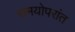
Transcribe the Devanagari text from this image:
समयोपरांत